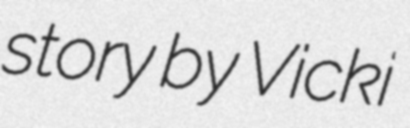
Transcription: story by Vicki